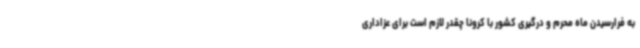
به فرارسیدن ماه محرم و درگیری کشور با کرونا چقدر لازم است برای عزاداری